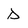
Character: D